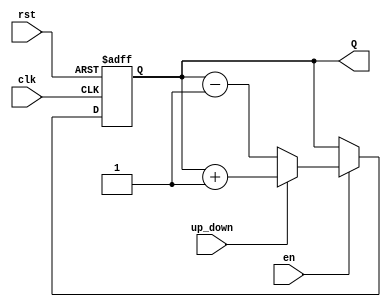
module Synchronous_Counter (
    input wire clk,          // Clock input
    input wire rst,          // Asynchronous reset
    input wire en,           // Enable input
    input wire up_down,      // Control for up/down counting
    output reg [N-1:0] Q     // Count output (N bits)
);
    parameter N = 4; // Number of bits (adjust for maximum count value)

    // Asynchronous reset and synchronous count logic
    always @(posedge clk or posedge rst) begin
        if (rst) begin
            Q <= 0; // Reset counter to zero
        end else if (en) begin
            if (up_down) begin
                // Count up
                Q <= Q + 1;
            end else begin
                // Count down
                Q <= Q - 1;
            end
        end
    end
endmodule